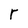
Character: r